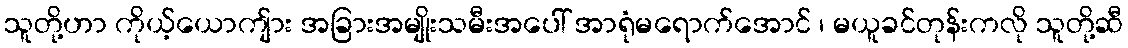
သူတို့ဟာ ကိုယ့်ယောကျ်ား အခြားအမျိုးသမီးအပေါ် အာရုံမရောက်အောင် ၊ မယူခင်တုန်းကလို သူတို့ဆီ